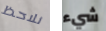
نلاحظ شيء